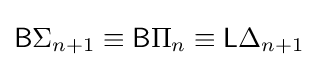
{\mathsf {B}}\Sigma _{n+1}\equiv {\mathsf {B}}\Pi _{n}\equiv {\mathsf {L}}\Delta _{n+1}